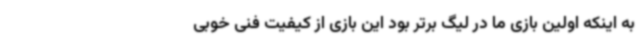
به اینکه اولین بازی ما در لیگ برتر بود این بازی از کیفیت فنی خوبی